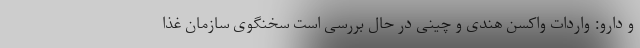
و دارو: واردات واکسن هندی و چینی در حال بررسی است سخنگوی سازمان غذا